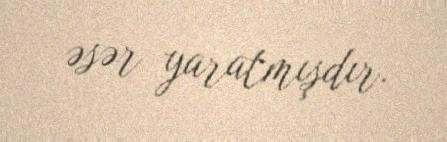
əsər yaratmışdır.